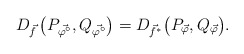
\begin{align*} D_{\vec f} \left(P_{\vec{ \varphi^\circ}}, Q_{\vec{ \varphi^\circ}}\right) = D_{\vec f^*} \big(P_{\vec\varphi}, Q_{\vec\varphi} \big) .\end{align*}